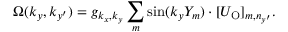
\Omega ( { k _ { y } , k _ { y ^ { \prime } } } ) = { g _ { k _ { x } , k _ { y } } } \sum _ { m } \sin ( k _ { y } Y _ { m } ) \cdot [ U _ { \mathrm { O } } ] _ { m , n _ { y ^ { \prime } } } .